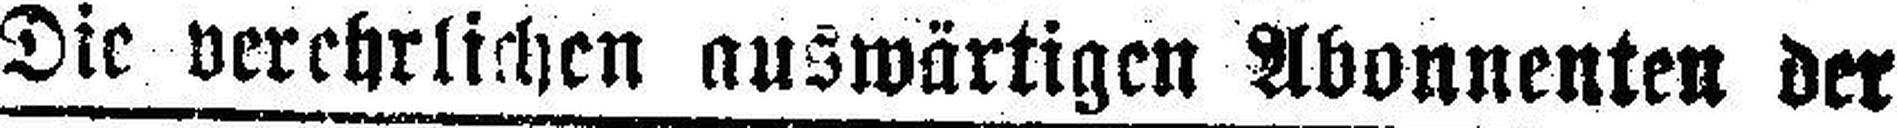
Die verehrlichen auswärtigen Abonnenten der